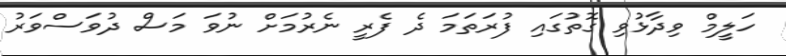
ހަލީމް ވިދާޅުވި ގޮތުގައި ފުރަތަމަ ދެ ފެރީ ނެރުމަށް ނުވަ މަސް ދުވަސްވަރު